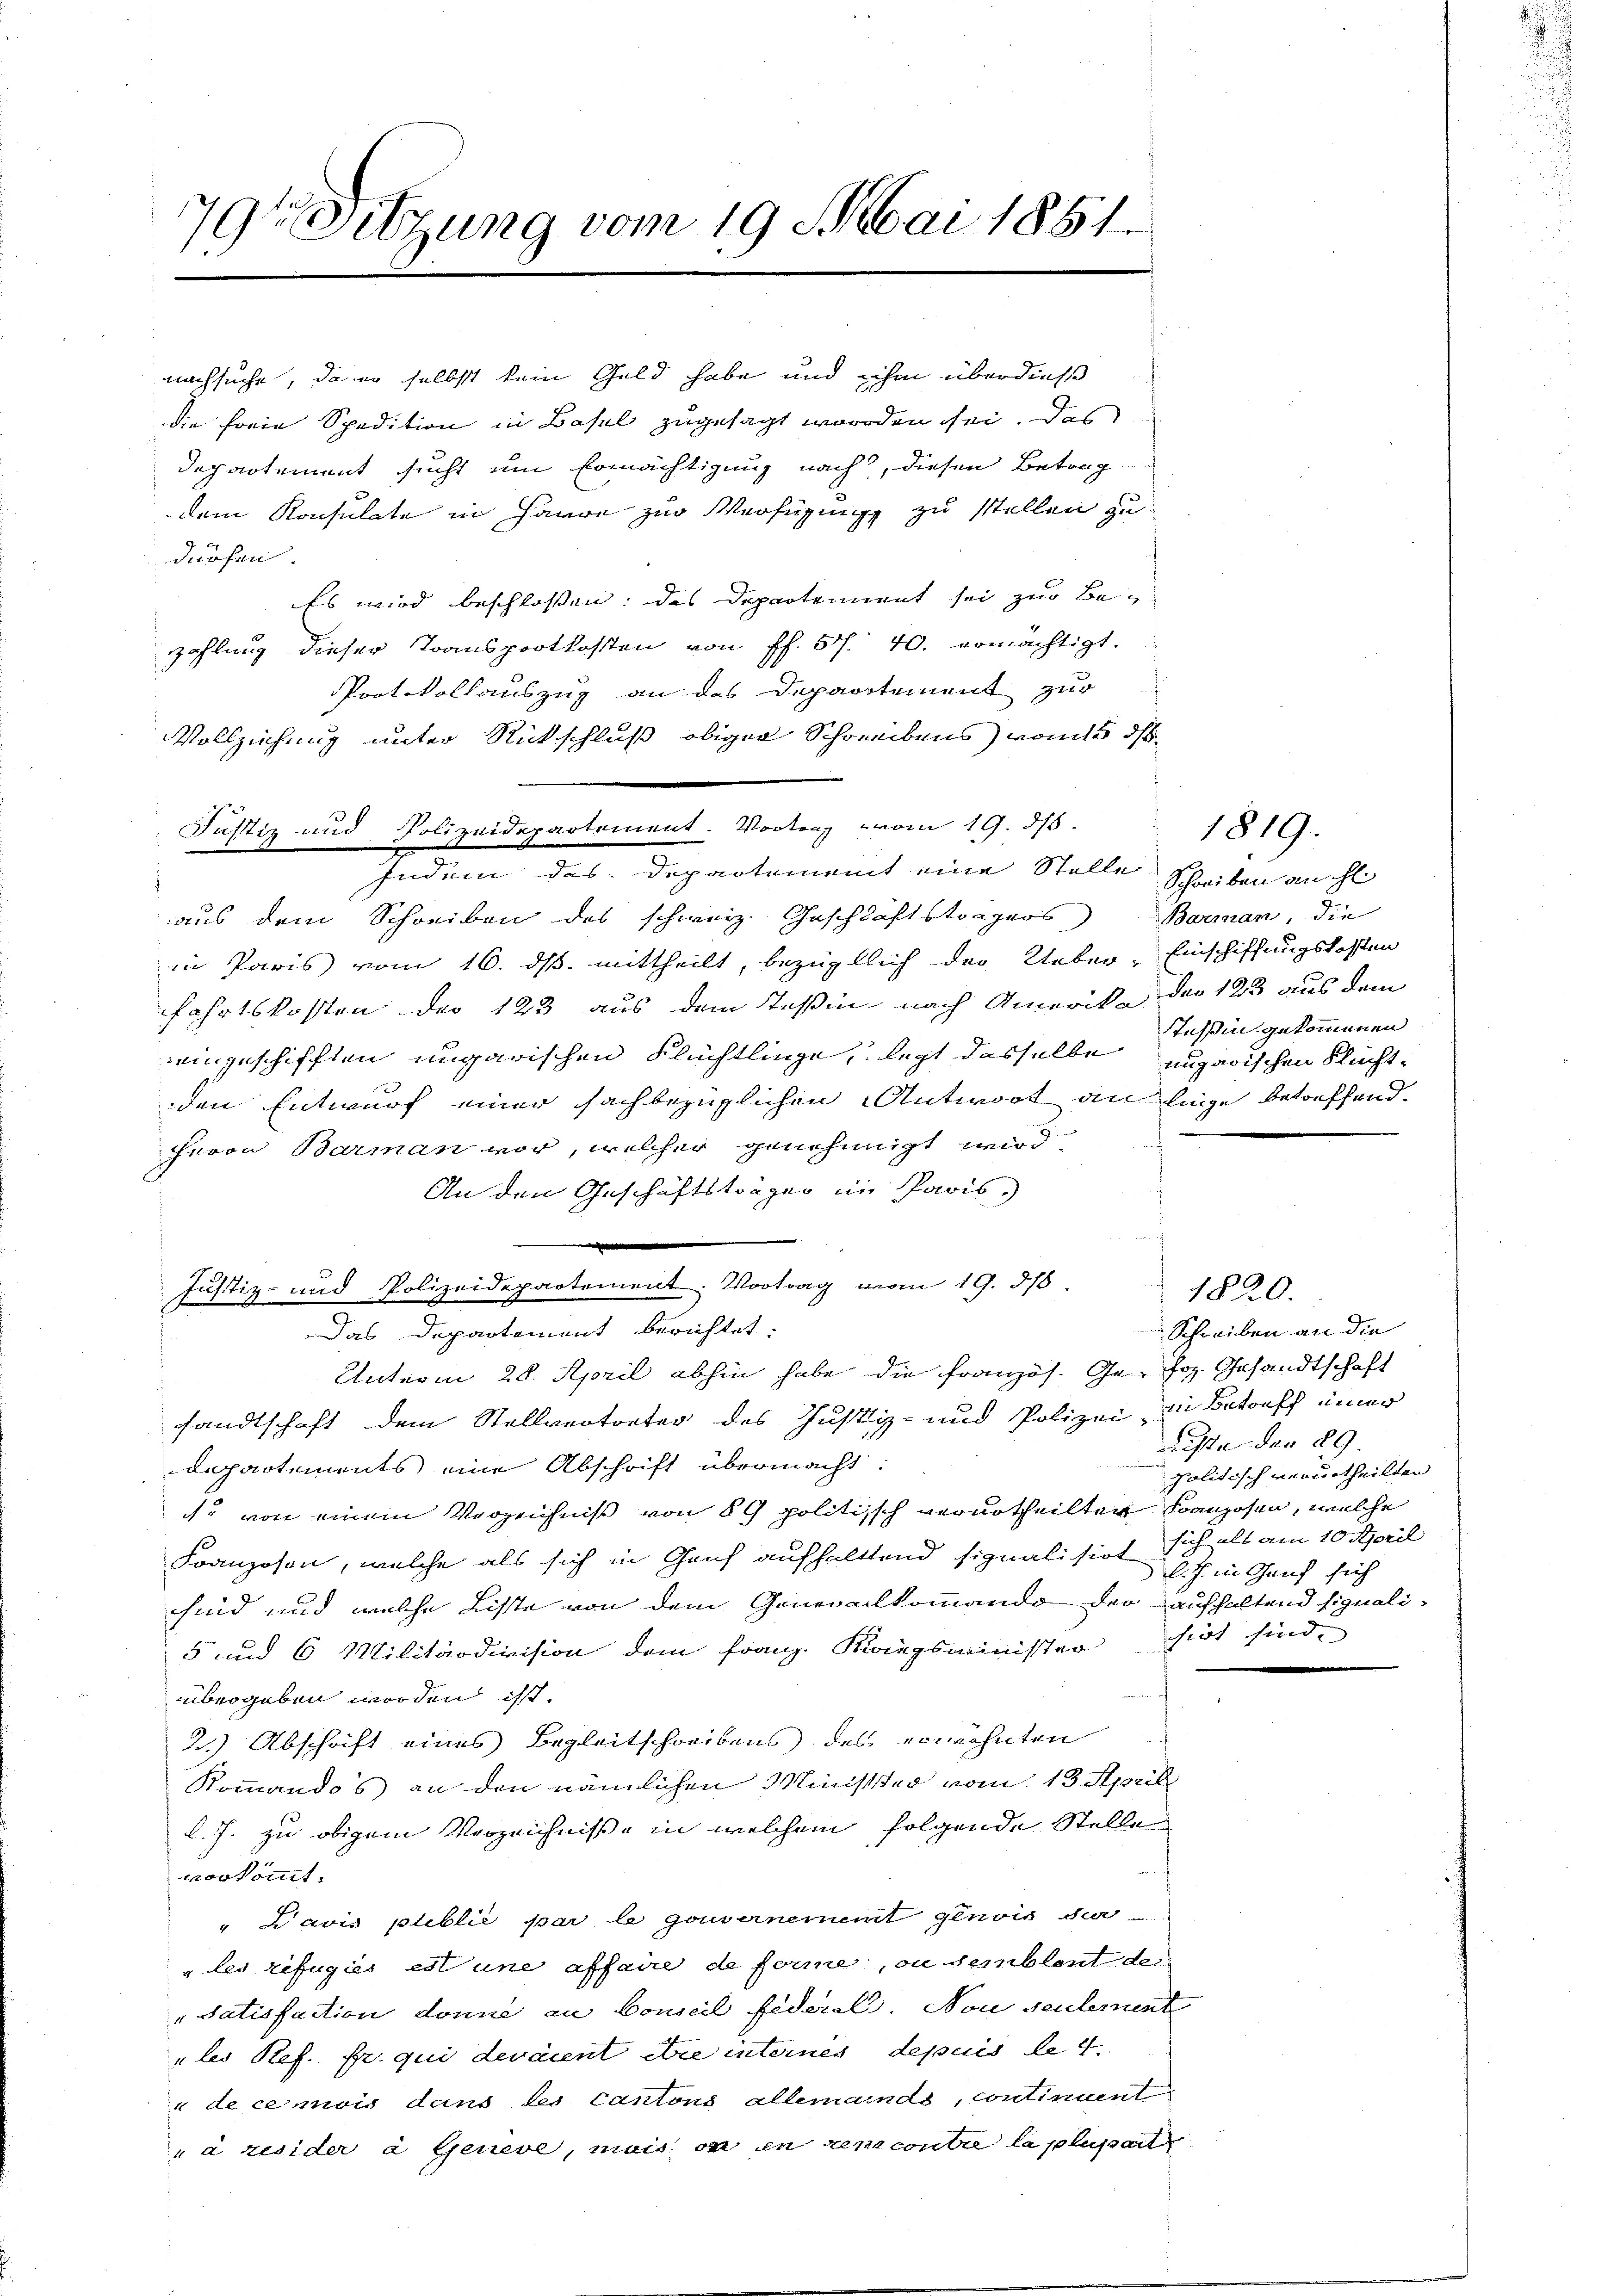
79te Sitzung vom 19. Mai 1851.

nachsuche, da er selbst kein Geld habe und ihm überdieß
die forie Spedition in Basel zugesagt worden sei. Das
departement sucht um Ermächtigung nach, diesen Betrag
dem Konsulate in Hause zur Verfügung zu stellen zu
g
dürfen.
Es wird beschlossen: des Departement sei zur Bezahlung dieser Transportkosten von ff. 57. 40. ermächtigt.
Protokollauszug an des Departement zur
Vollziehung unter Rückschluß obiger Schreibens) vom 5. d.
Justiz und Polizeidepartement. Vortrag vom 19. 3.
Indem das Departement eine Stelle Schreiben auch
aus dem Schreiben des schweiz. Geschläftsträgers Barman, die
in Paris vom 16. ds. mittheilt, bezüglich der Ueber-Einschiffungskosten
fahrtskosten der 123 aus dem Teßin nach Amerika der 123 aus dem
eingeschifften ungarischen Flüchtlinge, legt desselbe unzerischen Fluchtden Entwurf einer sachbezüglichen Antwort an liege betreffend.
Herrn Barman vor, welcher genehmigt wird,
An den Geschäftsträgen im Paris.
s
Justiz- und Polizeidepartement. Vortrag vom 19. 375.
Das Departement berichtet.
Unterm 28. April abhin habe die Französ. Ge- Joh. Gesandtschaft
sandtschaft dem Stellvertreter des Justiz- und Polizei, in Betreff einer
departements eine Abschrift übermacht:
c. von einem Vorzeichnis von 8 g politisch verurtheilten Kranzosen, welche
Kranzosen, welche als sich in Genf aufhaltend signalisirt sich als am 10. April
sind und welche Liste von dem Generalkommando der aufhaltend signali-
5 und 6 Militärdivision dem Franz. Kriegsminister hirt sind,
übergeben worden isst.
2.) Abschrift eines Begleitschreibens des erwähnten
Kommandos an den nämlichen Minister vom 13. April
l. J. zu obigem Verzeichnisse in welchem folgende Stelle
vorkommt.
" Pavis publié par le gouvernement genois der
uler refugies est une affaire de forme, ou semblent de
"Satisfaction donne an Conseil fiderel. Non seulement
„les Ref. Er. qui devaient die internes depuis let
u de ce mois dans des Cantons allemands, continuent
à resider a Geneve, mais ou en gene contre la plupart

Tessin gekommenen

Schreiben an die
Liste der 29.
politisch verurtheilten
l.J. in Greif sich

1820.

1819.